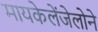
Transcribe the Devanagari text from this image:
मायकेलेंजेलोने